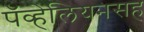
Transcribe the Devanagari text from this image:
पॅव्हेलियनसह